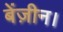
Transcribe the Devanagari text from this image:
बेंज़ीन।